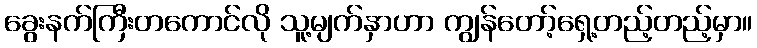
ခွေးနက်ကြီးတကောင်လို သူ့မျက်နှာဟာ ကျွန်တော့်ရှေ့တည့်တည့်မှာ။